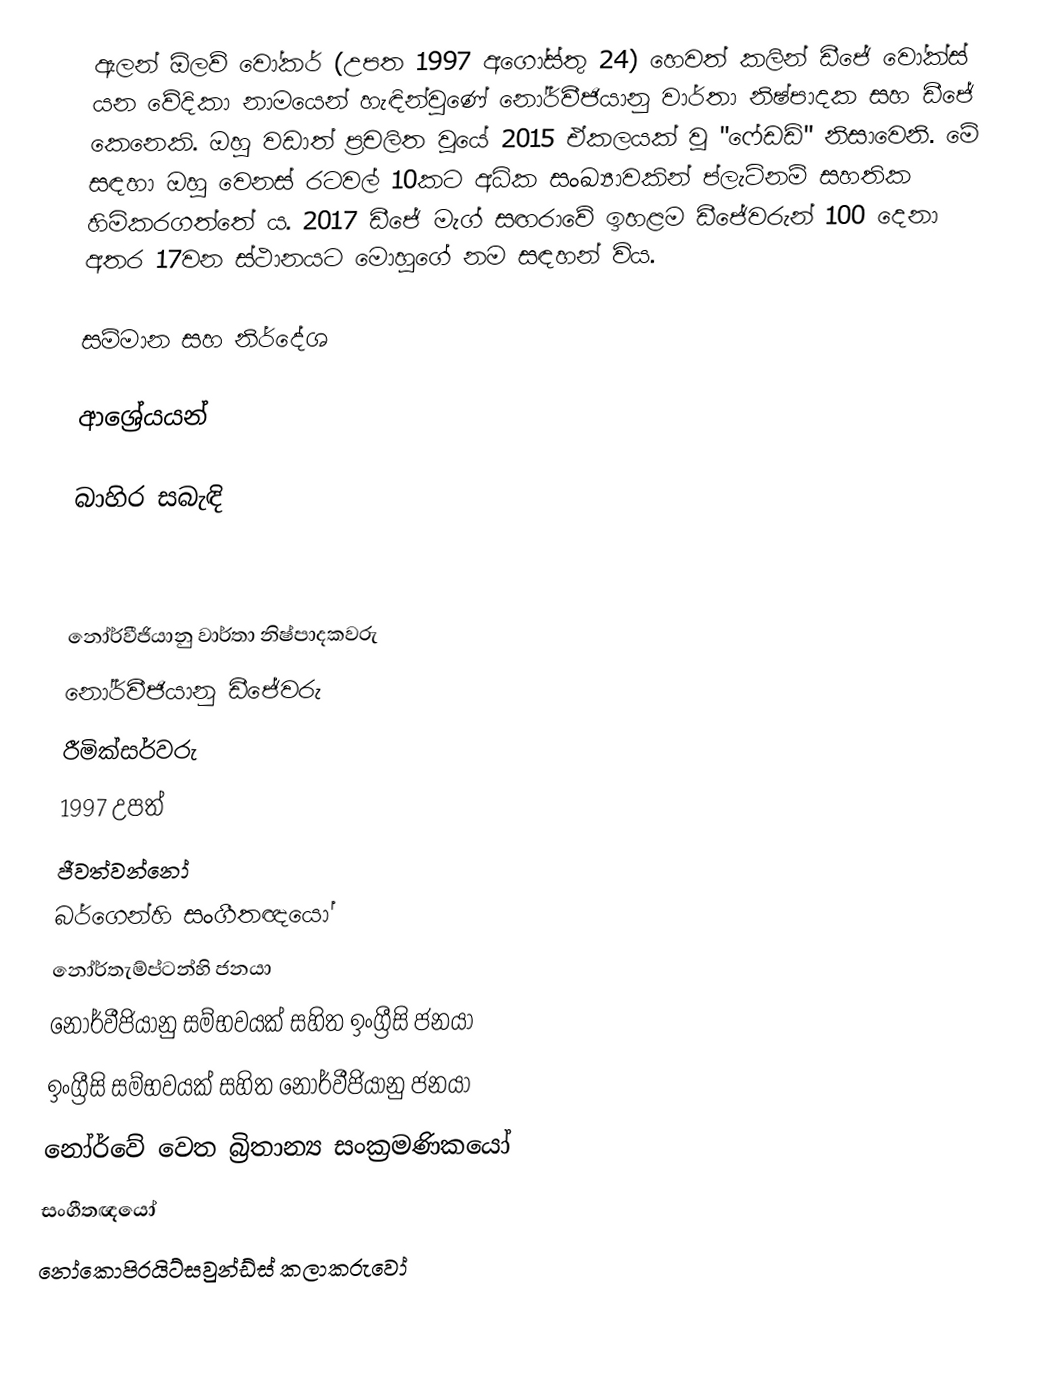
ඇලන් ඕලව් වෝකර් (උපත 1997 අගෝස්තු 24) හෙවත් කලින් ඩීජේ වෝක්ස් යන වේදිකා නාමයෙන් හැඳින්වුණේ නෝර්වීජියානු  වාර්තා නිෂ්පාදක සහ ඩීජේ කෙනෙකි. ඔහු වඩාත් ප්‍රචලිත වූයේ 2015 ඒකලයක් වූ "ෆේඩඩ්" නිසාවෙනි. මේ සඳහා ඔහු වෙනස් රටවල් 10කට අධික සංඛ්‍යාවකින් ප්ලැටිනම් සහතික හිමිකරගත්තේ ය. 2017 ඩීජේ මැග් සඟරාවේ ඉහළම ඩීජේවරුන් 100 දෙනා අතර 17වන ස්ථානයට මොහුගේ නම සඳහන් විය.

සම්මාන සහ නිර්දේශ

ආශ්‍රේයයන්

බාහිර සබැඳි

නෝර්වීජියානු වාර්තා නිෂ්පාදකවරු
නෝර්වීජියානු ඩීජේවරු
රීමික්සර්වරු
1997 උපත්
ජීවත්වන්නෝ
බර්ගෙන්හි සංගීතඥයෝ
නෝර්තැම්ප්ටන්හි ජනයා
නෝර්වීජියානු සම්භවයක් සහිත ඉංග්‍රීසි ජනයා
ඉංග්‍රීසි සම්භවයක් සහිත නෝර්වීජියානු ජනයා
නෝර්වේ වෙත බ්‍රිතාන්‍ය සංක්‍රමණිකයෝ
සංගීතඥයෝ
නෝකොපිරයිට්සවුන්ඩ්ස් කලාකරුවෝ